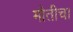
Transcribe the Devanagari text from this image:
मौतीचा